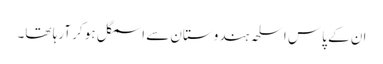
ان کے پاس اسلحہ ہندوستان سے اسمگل ہو کر آرہا تھا۔